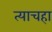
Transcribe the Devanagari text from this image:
त्याचहा